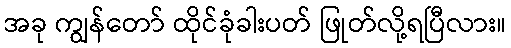
အခု ကျွန်တော် ထိုင်ခုံခါးပတ် ဖြုတ်လို့ရပြီလား။